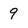
Character: 9